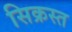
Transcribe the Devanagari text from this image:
सिक्रस्त